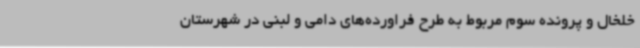
خلخال و پرونده سوم مربوط به طرح فراورده‌های دامی و لبنی در شهرستان